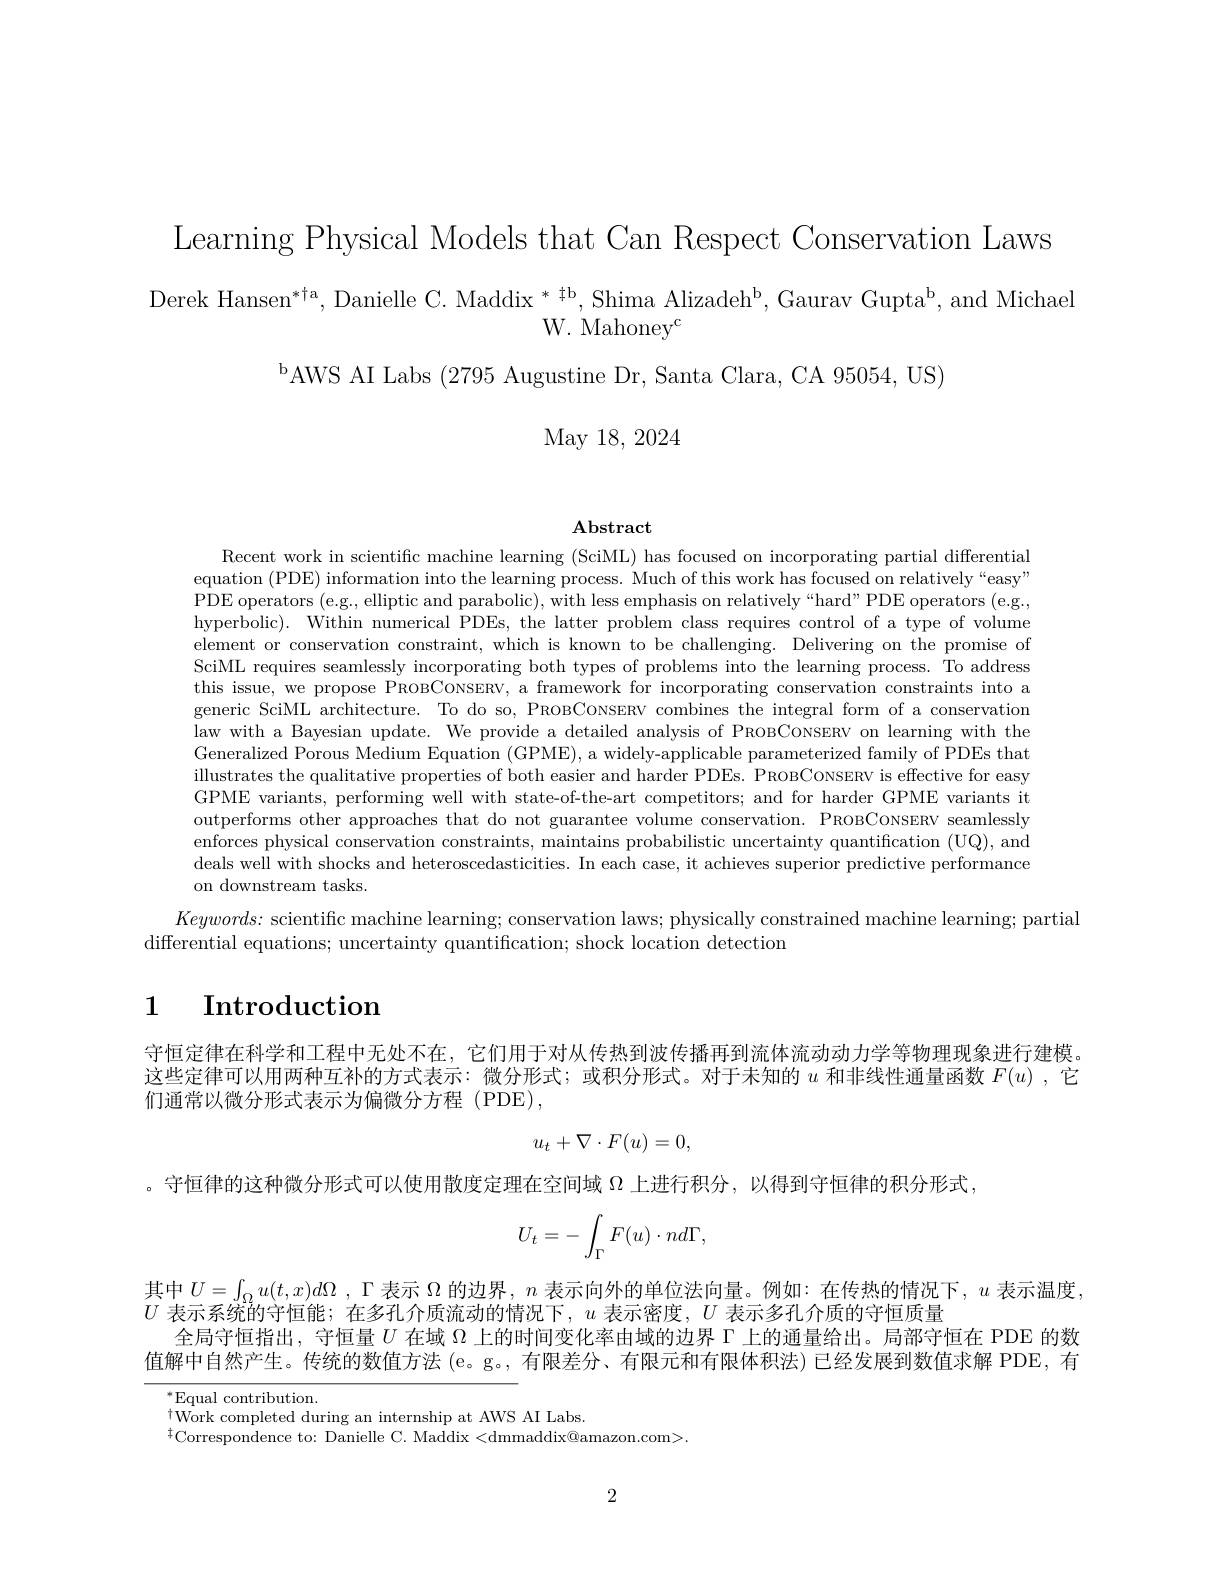
$\begin{array}{c}{\mathrm{Derek~Hansen^{*\dagger a},~Danielle~C.~Maddix~^{*~\dagger b},~Shima~Alizadeh^{b},~Gaurav~Gupta^{b},~and~Michael}}\\{\mathrm{W.~Mahoney^{c}}}\end{array}$

Learning Physical Models that Can Respect Conservation Laws
$^{\mathrm{b}}$AWS AI Labs (2795 Augustine Dr, Santa Clara, CA 95054, US)
May 18, 2024

# Abstract

Recent work in scientific machine learning (SciML) has focused on incorporating partial differential equation (PDE) information into the learning process. Much of this work has focused on relatively “easy” PDE operators (e.g., elliptic and parabolic), with less emphasis on relatively“hard”PDE operators (e.g., hyperbolic). Within numerical PDEs, the latter problem class requires control of a type of volume element or conservation constraint, which is known to be challenging. Delivering on the promise of SciML requires seamlessly incorporating both types of problems into the learning process. To address this issue, we propose PROBCONSERV, a framework for incorporating conservation constraints into a generic SciML architecture. To do so, PROBCONsERV combines the integral form of a conservation law with a Bayesian update. We provide a detailed analysis of PROBCoNSERV on learning with the Generalized Porous Medium Equation (GPME), a widely-applicable parameterized family of PDEs that illustrates the qualitative properties of both easier and harder PDEs. PROBCONSERV is effective for easy GPME variants, performing well with state-of-the-art competitors; and for harder GPME variants it outperforms other approaches that do not guarantee volume conservation. PROBCONSERV seamlessly enforces physical conservation constraints, maintains probabilistic uncertainty quantification (UQ), and deals well with shocks and heteroscedasticities. In each case, it achieves superior predictive performance on downstream tasks.
$Keywords:$ scientific machine learning; conservation laws; physically constrained machine learning; partial
differential equations; uncertainty quantification; shock location detection

# 1 $\textbf{Introduction}$

守恒定律在科学和工程中无处不在，它们用于对从传热到波传播再到流体流动动力学等物理现象进行建模。这些定律可以用两种互补的方式表示：微分形式；或积分形式。对于未知的$u$和非线性通量函数$F(u)$ ,它们通常以微分形式表示为偏微分方程 (PDE),
$$u_t+\nabla\cdot F(u)=0,$$
。守恒律的这种微分形式可以使用散度定理在空间域$\Omega$上进行积分，以得到守恒律的积分形式
$$U_t=-\int_\Gamma F(u)\cdot nd\Gamma,$$
其中$U= \int _{\Omega }u( t, x) d\Omega$ , $\Gamma$表示$\Omega$的边界，$n$表示向外的单位法向量。例如：在传热的情况下，$u$表示温度，
$U$表示系统的守恒能；在多孔介质流动的情况下，$u$表示密度，$U$表示多孔介质的守恒质量
全局守恒指出，守恒量$U$在域$\Omega$上的时间变化率由域的边界$\Gamma$上的通量给出。局部守恒在 PDE 的数值解中自然产生。传统的数值方法 (e。g。, 有限差分、有限元和有限体积法) 已经发展到数值求解 PDE, 有

$^*$Equal contribution.
tWork completed during an internship at AWS AI Labs t a c ompleted during an internship at AWS AI Labs
$\dot{\bar{\text{Torrespondence to: Danielle C. Maddix}}}<$dmmaddix@amazon.com>

2